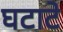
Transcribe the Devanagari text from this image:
घटाटे